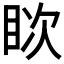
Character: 𪾪